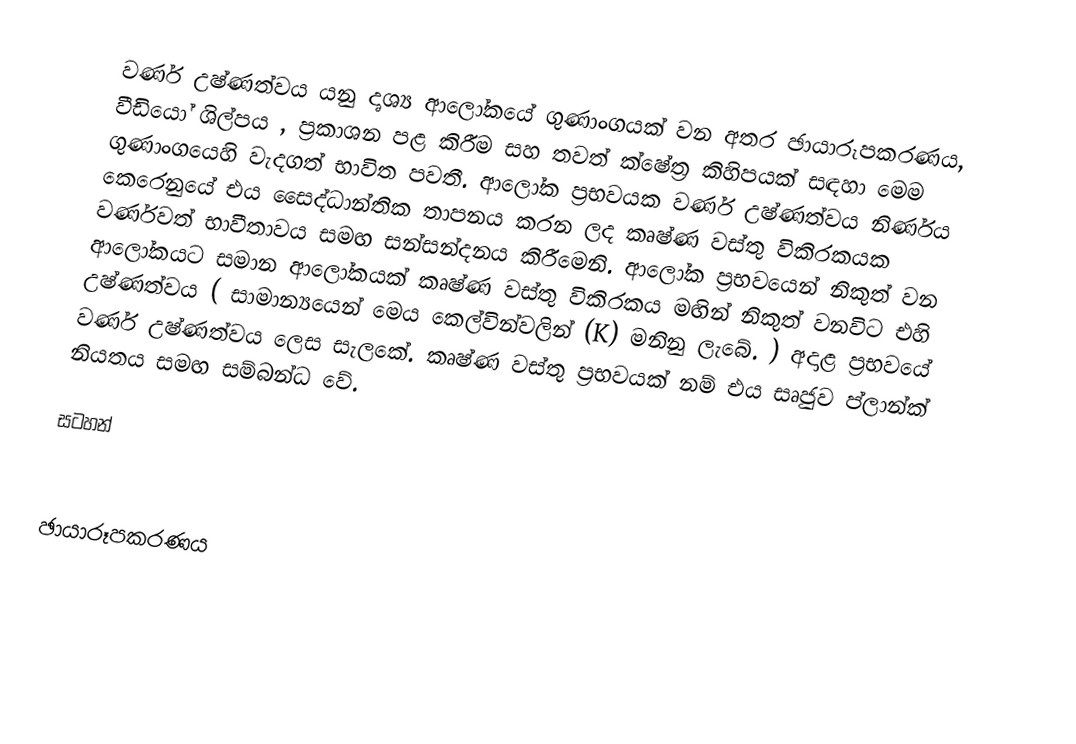
වර්ණ උෂ්ණත්වය යනු දෘශ්‍ය ආලෝකයේ ගුණාංගයක් වන අතර ඡායාරූපකරණය, වීඩියෝ ශිල්පය , ප්‍රකාශන පළ කිරීම සහ තවත් ක්ෂේත්‍ර කිහිපයක් සඳහා මෙම ගුණාංගයෙහි වැදගත් භාවිත පවතී. ආලෝක ප්‍රභවයක වර්ණ උෂ්ණත්වය නිර්ණය කෙරෙනුයේ එය සෛද්ධාන්තික තාපනය කරන ලද කෘෂ්ණ වස්තු විකිරකයක වර්ණවත් භාවීතාවය සමඟ සන්සන්දනය කිරීමෙනි. ආලෝක ප්‍රභවයෙන් නිකුත් වන ආලෝකයට සමාන ආලෝකයක් කෘෂ්ණ වස්තු විකිරකය මඟින් නිකුත් වනවිට එහි උෂ්ණත්වය ( සාමාන්‍යයෙන් මෙය කෙල්වින්වලින් (K) මනිනු ලැබේ. ) අදාළ ප්‍රභවයේ වර්ණ උෂ්ණත්වය ලෙස සැලකේ. කෘෂ්ණ වස්තු ප්‍රභවයක් නම් එය සෘජුව ප්ලාන්ක් නියතය සමඟ සම්බන්ධ වේ.

සටහන්

ඡායාරූපකරණය